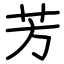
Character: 芳